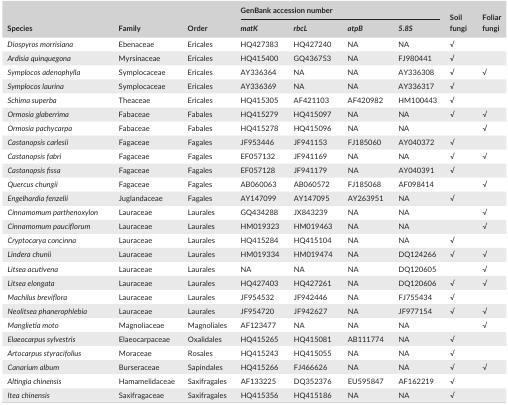
<table><thead><tr><td rowspan="2"><b>Species</b></td><td rowspan="2"><b>Family</b></td><td rowspan="2"><b>Order</b></td><td colspan="4"><b>GenBank accession number</b></td><td rowspan="2"><b>Soil fungi</b></td><td rowspan="2"><b>Foliar fungi</b></td></tr><tr><td><b><i>matK</i></b></td><td><b><i>rbcL</i></b></td><td><b><i>atpB</i></b></td><td><b><i>5.8S</i></b></td></tr></thead><tbody><tr><td><i>Diospyros morrisiana</i></td><td>Ebenaceae</td><td>Ericales</td><td>HQ427383</td><td>HQ427240</td><td>NA</td><td>NA</td><td>√</td><td></td></tr><tr><td><i>Ardisia quinquegona</i></td><td>Myrsinaceae</td><td>Ericales</td><td>HQ415400</td><td>GQ436753</td><td>NA</td><td>FJ980441</td><td>√</td><td></td></tr><tr><td><i>Symplocos adenophylla</i></td><td>Symplocaceae</td><td>Ericales</td><td>AY336364</td><td>NA</td><td>NA</td><td>AY336308</td><td>√</td><td>√</td></tr><tr><td><i>Symplocos laurina</i></td><td>Symplocaceae</td><td>Ericales</td><td>AY336369</td><td>NA</td><td>NA</td><td>AY336317</td><td>√</td><td></td></tr><tr><td><i>Schima superba</i></td><td>Theaceae</td><td>Ericales</td><td>HQ415305</td><td>AF421103</td><td>AF420982</td><td>HM100443</td><td>√</td><td></td></tr><tr><td><i>Ormosia glaberrima</i></td><td>Fabaceae</td><td>Fabales</td><td>HQ415279</td><td>HQ415097</td><td>NA</td><td>NA</td><td>√</td><td>√</td></tr><tr><td><i>Ormosia pachycarpa</i></td><td>Fabaceae</td><td>Fabales</td><td>HQ415278</td><td>HQ415096</td><td>NA</td><td>NA</td><td></td><td>√</td></tr><tr><td><i>Castanopsis carlesii</i></td><td>Fagaceae</td><td>Fagales</td><td>JF953446</td><td>JF941153</td><td>FJ185060</td><td>AY040372</td><td>√</td><td></td></tr><tr><td><i>Castanopsis fabri</i></td><td>Fagaceae</td><td>Fagales</td><td>EF057132</td><td>JF941169</td><td>NA</td><td>NA</td><td>√</td><td>√</td></tr><tr><td><i>Castanopsis fissa</i></td><td>Fagaceae</td><td>Fagales</td><td>EF057128</td><td>JF941179</td><td>NA</td><td>AY040391</td><td>√</td><td></td></tr><tr><td><i>Quercus chungii</i></td><td>Fagaceae</td><td>Fagales</td><td>AB060063</td><td>AB060572</td><td>FJ185068</td><td>AF098414</td><td></td><td>√</td></tr><tr><td><i>Engelhardia fenzelii</i></td><td>Juglandaceae</td><td>Fagales</td><td>AY147099</td><td>AY147095</td><td>AY263951</td><td>NA</td><td>√</td><td></td></tr><tr><td><i>Cinnamomum parthenoxylon</i></td><td>Lauraceae</td><td>Laurales</td><td>GQ434288</td><td>JX843239</td><td>NA</td><td>NA</td><td></td><td>√</td></tr><tr><td><i>Cinnamomum pauciflorum</i></td><td>Lauraceae</td><td>Laurales</td><td>HM019323</td><td>HM019463</td><td>NA</td><td>NA</td><td></td><td>√</td></tr><tr><td><i>Cryptocarya concinna</i></td><td>Lauraceae</td><td>Laurales</td><td>HQ415284</td><td>HQ415104</td><td>NA</td><td>NA</td><td>√</td><td></td></tr><tr><td><i>Lindera chunii</i></td><td>Lauraceae</td><td>Laurales</td><td>HM019334</td><td>HM019474</td><td>NA</td><td>DQ124266</td><td>√</td><td>√</td></tr><tr><td><i>Litsea acutivena</i></td><td>Lauraceae</td><td>Laurales</td><td>NA</td><td>NA</td><td>NA</td><td>DQ120605</td><td></td><td>√</td></tr><tr><td><i>Litsea elongata</i></td><td>Lauraceae</td><td>Laurales</td><td>HQ427403</td><td>HQ427261</td><td>NA</td><td>DQ120606</td><td>√</td><td>√</td></tr><tr><td><i>Machilus breviflora</i></td><td>Lauraceae</td><td>Laurales</td><td>JF954532</td><td>JF942446</td><td>NA</td><td>FJ755434</td><td>√</td><td></td></tr><tr><td><i>Neolitsea phanerophlebia</i></td><td>Lauraceae</td><td>Laurales</td><td>JF954720</td><td>JF942627</td><td>NA</td><td>JF977154</td><td>√</td><td>√</td></tr><tr><td><i>Manglietia moto</i></td><td>Magnoliaceae</td><td>Magnoliales</td><td>AF123477</td><td>NA</td><td>NA</td><td>NA</td><td></td><td>√</td></tr><tr><td><i>Elaeocarpus sylvestris</i></td><td>Elaeocarpaceae</td><td>Oxalidales</td><td>HQ415265</td><td>HQ415081</td><td>AB111774</td><td>NA</td><td>√</td><td></td></tr><tr><td><i>Artocarpus styracifolius</i></td><td>Moraceae</td><td>Rosales</td><td>HQ415243</td><td>HQ415055</td><td>NA</td><td>NA</td><td>√</td><td></td></tr><tr><td><i>Canarium album</i></td><td>Burseraceae</td><td>Sapindales</td><td>HQ415266</td><td>FJ466626</td><td>NA</td><td>NA</td><td>√</td><td>√</td></tr><tr><td><i>Altingia chinensis</i></td><td>Hamamelidaceae</td><td>Saxifragales</td><td>AF133225</td><td>DQ352376</td><td>EU595847</td><td>AF162219</td><td>√</td><td></td></tr><tr><td><i>Itea chinensis</i></td><td>Saxifragaceae</td><td>Saxifragales</td><td>HQ415356</td><td>HQ415186</td><td>NA</td><td>NA</td><td>√</td><td></td></tr></tbody></table>